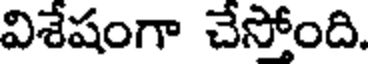
విశేషంగా చేస్తోంది.